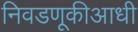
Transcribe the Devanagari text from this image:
निवडणूकीआधी